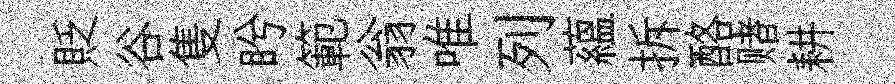
貶谷隻盻範翁唯列藴拆酪赌耕